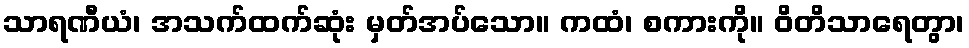
သာရဏီယံ၊ အသက်ထက်ဆုံး မှတ်အပ်သော။ ကထံ၊ စကားကို။ ဝိတိသာရေတွာ၊